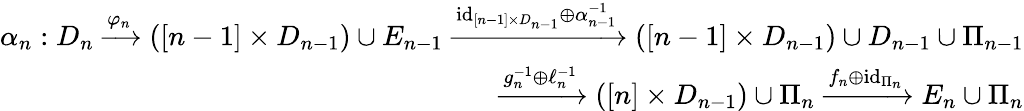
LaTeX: \begin{array}{r}{\alpha_{n}:D_{n}\xrightarrow{\varphi_{n}}([n-1]\times D_{n-1})\cup E_{n-1}\xrightarrow{\mathrm{id}_{[n-1]\times D_{n-1}}\oplus\alpha_{n-1}^{-1}}([n-1]\times D_{n-1})\cup D_{n-1}\cup\Pi_{n-1}}\\ {\xrightarrow{g_{n}^{-1}\oplus\ell_{n}^{-1}}([n]\times D_{n-1})\cup\Pi_{n}\xrightarrow{f_{n}\oplus\mathrm{id}_{\Pi_{n}}}E_{n}\cup\Pi_{n}}\end{array}